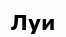
Луи